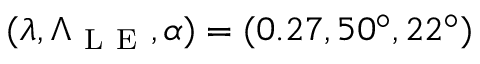
( \lambda , \Lambda _ { \mathrm { ~ L ~ E ~ } } , \alpha ) = ( 0 . 2 7 , 5 0 ^ { \circ } , 2 2 ^ { \circ } )